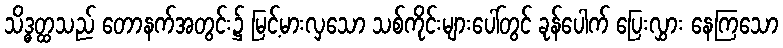
သိဒ္ဓတ္ထသည် တောနက်အတွင်း၌ မြင့်မားလှသော သစ်ကိုင်းများပေါ်တွင် ခုန်ပေါက် ပြေးလွှား နေကြသော